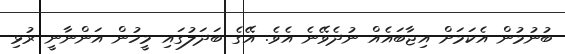
ބުނުމުން އެކަމަށް އިޖާބައެއް ނުދެވޭނެ އެވެ. އޭގެ ބަދަލުގައި މީހުން އަންނާނީ ރުޅި